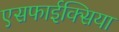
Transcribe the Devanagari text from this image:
एसफाईक्सिया